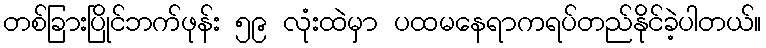
တစ်ခြားပြိုင်ဘက်ဖုန်း ၅၉ လုံးထဲမှာ ပထမနေရာကရပ်တည်နိုင်ခဲ့ပါတယ်။